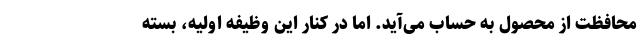
محافظت از محصول به حساب می‌آید. اما در کنار این وظیفه اولیه، بسته